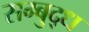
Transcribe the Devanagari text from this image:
सम्बुद्ध